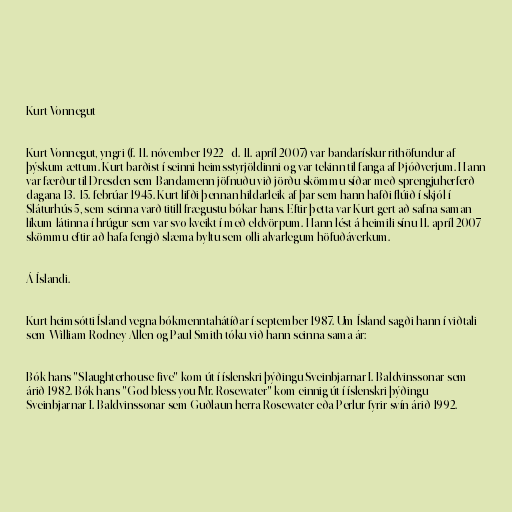
Kurt Vonnegut

Kurt Vonnegut, yngri (f. 11. nóvember 1922 - d. 11. apríl 2007) var bandarískur rithöfundur af
þýskum ættum. Kurt barðist í seinni heimsstyrjöldinni og var tekinn til fanga af Þjóðverjum. Hann
var færður til Dresden sem Bandamenn jöfnuðu við jörðu skömmu síðar með sprengjuherferð
dagana 13.-15. febrúar 1945. Kurt lifði þennan hildarleik af þar sem hann hafði flúið í skjól í
Sláturhús 5, sem seinna varð titill frægustu bókar hans. Eftir þetta var Kurt gert að safna saman
líkum látinna í hrúgur sem var svo kveikt í með eldvörpum. Hann lést á heimili sínu 11. apríl 2007
skömmu eftir að hafa fengið slæma byltu sem olli alvarlegum höfuðáverkum.

Á Íslandi.

Kurt heimsótti Ísland vegna bókmenntahátíðar í september 1987. Um Ísland sagði hann í viðtali
sem William Rodney Allen og Paul Smith tóku við hann seinna sama ár:

Bók hans "Slaughterhouse-five" kom út í íslenskri þýðingu Sveinbjarnar I. Baldvinssonar sem
árið 1982. Bók hans "God bless you Mr. Rosewater" kom einnig út í íslenskri þýðingu
Sveinbjarnar I. Baldvinssonar sem Guðlaun herra Rosewater eða Perlur fyrir svín árið 1992.